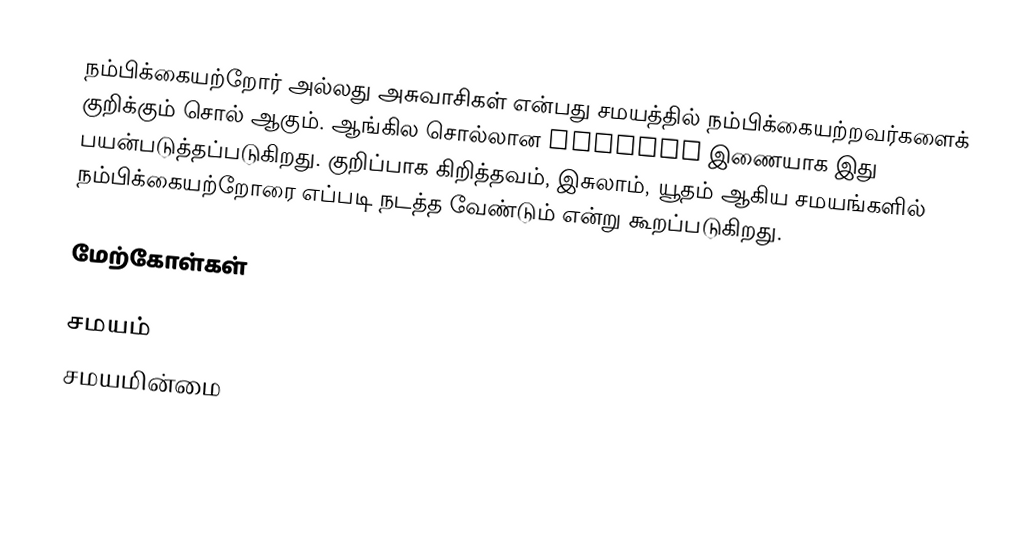
நம்பிக்கையற்றோர் அல்லது அசுவாசிகள் என்பது சமயத்தில் நம்பிக்கையற்றவர்களைக் குறிக்கும் சொல் ஆகும்.  ஆங்கில சொல்லான infidel இணையாக இது பயன்படுத்தப்படுகிறது.  குறிப்பாக கிறித்தவம், இசுலாம், யூதம் ஆகிய சமயங்களில் நம்பிக்கையற்றோரை எப்படி நடத்த வேண்டும் என்று கூறப்படுகிறது.

மேற்கோள்கள்

சமயம்
சமயமின்மை